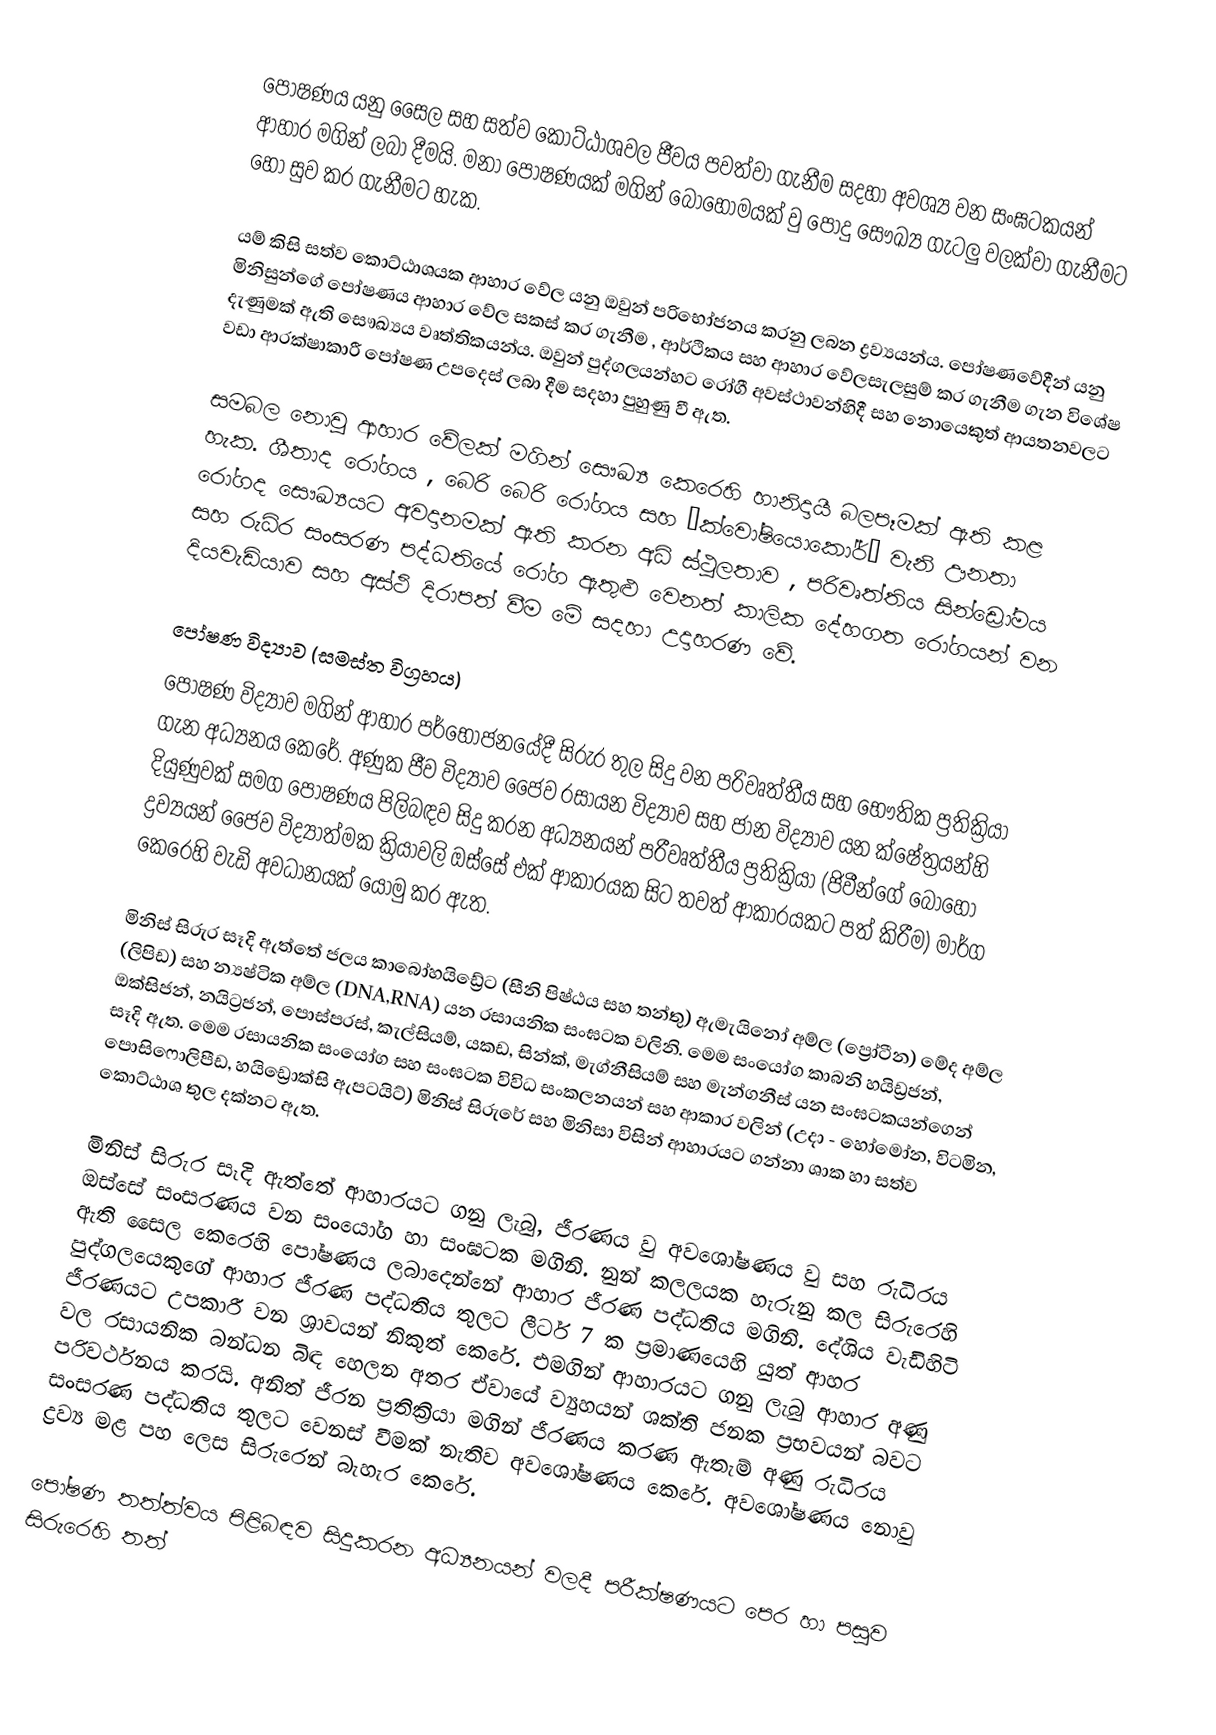
පෝෂණය යනු සෛල සහ සත්ව කොට්ඨාශවල ජීවය පවත්වා ගැනීම සදහා අවශ්‍ය වන සංඝටකයන් ආහාර මගින් ලබා දීමයි. මනා පෝෂණයක් මගින් බොහෝමයක් වු ‍පොදු සෞඛ්‍ය ගැටලු වලක්වා ගැනීමට හෝ සුව කර ගැනීමට හැක.

යම් කිසි සත්ව කොට්ඨාශයක ආහාර වේල යනු ඔවුන් පරිභෝජනය කරනු ලබන ද්‍රව්‍යයන්ය. පෝෂණවේදීන් යනු මිනිසුන්ගේ පෝෂණය ආහාර වේල සකස් කර ගැනීම , ආර්ථිකය සහ ආහාර වේලසැලසුම් කර ගැනීම ගැන විශේෂ දැණුමක් ඇති සෞඛ්‍ය‍ය වෘත්තිකයන්ය. ඔවුන් ‍පුද්ගලයන්හට රෝගී අවස්ථාවන්හිදී සහ නොයෙකුත් ආයතනවලට වඩා ආරක්ෂාකාරී පෝෂණ උපදෙස් ලබා දීම සදහා පුහුණු වී ඇත.

සමබල නොවු ආහාර වේලක් මගින් සෞඛ්‍ය කෙරෙහි හානිදායී  බලපෑමක් ඇති කළ හැක. ශීතාද ‍රෝගය , බෙරි බෙරි රෝගය සහ ‘ක්වෝෂියොකෝර්’ වැනි ඌනතා රෝගද සෞඛ්‍යයට අවදානමක් ඇති කරන අධි ස්ථුලතාව , පරිවෘත්තිය සින්ඩ්‍රෝමය සහ රුධිර සංසරණ පද්ධතියේ රෝග ඇතුළු වෙනත් කාලික දේහගත රෝගයන් වන දියවැඩියාව සහ අස්ථි දිරාපත් වීම මේ සදහා උදාහරණ වේ.

පෝෂණ විද්‍යාව (සමස්ත විග්‍රහය)
පෝෂණ විද්‍යාව මගින් ආහාර පර්භෝජනයේදී සිරුර තුල සිදු වන පරිවෘත්තීය සහ භෞතික ප්‍රතික්‍රියා ගැන අධ්‍යනය කෙරේ. අණුක ජීව විද්‍යාව ජෛව රසායන විද්‍යාව සහ ජාන විද්‍යාව යන ක්ෂේත්‍රයන්හි දියුණුවක් සමග පෝෂණය පිලිබඳව සිදු කරන අධ්‍යනයන් පරීවෘත්තීය ප්‍රතික්‍රියා (ජිවීන්ගේ බොහෝ ද්‍රව්‍යයන් ජෛව විද්‍යාත්මක ක්‍රියාවලි ඔස්සේ එක් ආකාරයක සිට තවත් ආකාරයකට පත් කිරීම) මාර්ග කෙරෙහි වැඩි අවධානයක් යොමු කර ඇත.

මිනිස් සිරුර සෑදි ඇත්තේ ජලය කාබෝහයිඩ්‍රේට (සීනි පිෂ්ඨය සහ තන්තු) ඇමැයිනෝ අම්ල (ප්‍රෝටීන) මේද අම්ල (ලිපිඩ) සහ න්‍යෂ්ටික අම්ල (DNA,RNA) යන රසායනික සංඝටක වලිනි. මෙම සංයෝග කාබනි හයිඩ්‍රජන්, ඔක්සිජන්, නයිට්‍රජන්, පොස්පරස්, කැල්සියම්, යකඩ, සින්ක්, මැග්නීසියම් සහ මැන්ගනීස් යන සංඝටකයන්ගෙන් සෑදි ඇත. මෙම රසායනික සංයෝග සහ සංඝටක විවිධ සංකලනයන් සහ ආකාර වලින් (උදා - හෝමෝන, විටමින, පොසිෆොලිපීඩ, හයිඩ්‍රොක්සි ඇපටයිට්) මිනිස් සිරුරේ සහ මිනිසා විසින් ආහාරයට ගන්නා ශාක හා සත්ව කොට්ඨාශ තුල දක්නට ඇත.

මිනිස් සිරුර සෑදි ඇත්තේ ආහාරයට ගනු ලැබු, ජීරණය වු අව‍ශෝෂණය වු සහ රුධිරය ඔස්සේ සංසරණය වන සංයෝග හා සංඝටක මගිනි. නුන් කලලයක හැරුනු කල සිරුරෙහි ඇති සෛල කෙරෙහි පෝෂණය ලබාදෙන්නේ ආහාර ජීරණ පද්ධතිය මගිනි. දේශිය වැඩිහිටි පුද්ගලයෙකුගේ ආහාර ජීරණ පද්ධතිය තුලට ලීටර් 7 ක ප්‍රමාණයෙහි යුත් ආහර ජීරණයට උපකාරී වන ශ්‍රාවයන් නිකුත් කෙරේ. එමගින් ආහාරයට ගනු ලැබු ආහාර අණු වල රසායනික බන්ධන බිඳ හෙලන අතර ඒවායේ ව්‍යුහයන් ශක්ති ජනක ප්‍රභවයන් බවට පරිවර්ථනය කරයි. අනිත් ජීරන ප්‍රතික්‍රියා මගින් ජීරණය කරණ ඇතැම් අණු රුධිරය සංසරණ පද්ධතිය තුලට වෙනස් වීමක් නැතිව අවශෝෂණය කෙරේ. අවශෝෂණය නොවු ද්‍රව්‍ය මළ පහ ලෙස සිරුරෙන් බැහැර කෙරේ.

පෝෂණ තත්ත්වය පිළිබඳව සිදුකරන අධ්‍යනයන් වලදී පරීක්ෂණයට පෙර හා පසුව සිරුරෙහි තත්